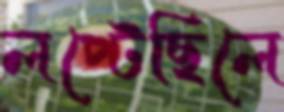
লপ্‌টেছিলে